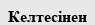
Келтесінен